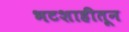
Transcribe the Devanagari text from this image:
भटशाहीतून